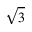
\sqrt { 3 }